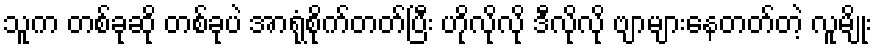
သူက တစ်ခုဆို တစ်ခုပဲ အာရုံစိုက်တတ်ပြီး ဟိုလိုလို ဒီလိုလို ဗျာများနေတတ်တဲ့ လူမျိုး